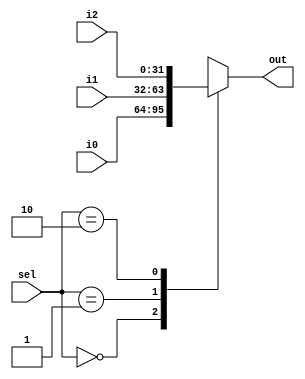
module mux32three(/*AUTOARG*/
   // Outputs
   out,
   // Inputs
   i0, i1, i2, sel
   );
   input [31:0] i0, i1, i2;
   input [1:0]	sel;
   output reg [31:0]	 out;

   /*AUTOWIRE*/
   /*AUTOREG*/

   always @ (i0 or i1 or i2 or sel)
     begin
	case(sel)
	  0: out = i0;
	  1: out = i1;
	  2: out = i2;
	  default: out = 32'bx;
	endcase // case (sel)
     end
   
   
endmodule